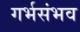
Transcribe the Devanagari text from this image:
गर्भसंभव